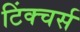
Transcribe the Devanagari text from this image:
टिंक्चर्स